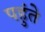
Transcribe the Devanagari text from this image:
पहुंते